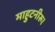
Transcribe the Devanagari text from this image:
माहुटनीरू।